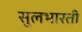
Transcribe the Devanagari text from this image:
सुलभारती